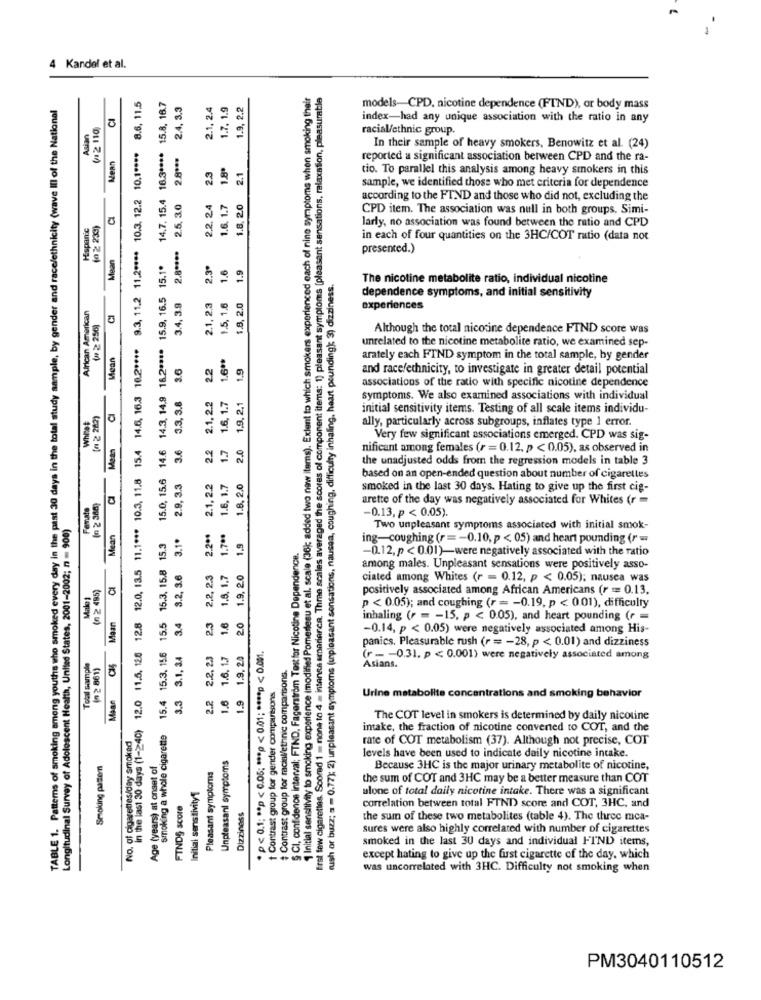
4 Kandel et al.
1 Initial sensitivity to smoking experience (modified Pomentesu et al. scale (36); added two new items). Extent to which smokers experienced each of nine symptoms when smoking their
first few cigarettes. Scored 1 = none to 4 = intensa smariarca, Thme scales averaged the scores of component items: 1) pleasant symptoms [pleasant sensations, relaxation, pleasurable
TABLE 1. Patterns of smoking among youths who smoked every day in the past 30 days in the total study sample, by gender and race/ethnicity (wave Ill of the National
8.6, 11.5
15.8, 16.7
15.4 16.3 **** 15.8. 16.7
2.4. 3.3
2.1, 2.4
1.7. 1.9
1.9, 2.2
models-CPD, nicotine dependence (FIND), or body mass
(12 110
index-had any unique association with the ratio in any
Asian
racial/ethnic group.
9.3, 11.2 11,2 **** 10.3. 12.2 10.1 ****
2.8 ***
In their sample of heavy smokers, Benowitz et al. (24)
2.3
1.8º
reported a significant association between CPD and the ra-
2.1
tio. To parallel this analysis among heavy smokers in this
14.7. 15.4
sample, we identified those who met criteria for dependence
2.5. 30
2.2. 24
1.6. 1.7
1.8. 20
according to the FTND and those who did not, excluding the
CPD item. The association was null in both groups. Simi-
Hispanic
(0 2 233)
larly, no association was found between the ratio and CPD
2.8 ****
in each of four quantities on the 3HC/COT ratio (data not
Mean
presented.)
14.6 14.3. 14.9 16.2 **** 15.9. 16.5 15.1.
2.3º
1.6
1.9
rush or buzz; = = 0.77); 2) unpleasant symptoms (unpleasant sensations, nausea, coughing, difficulty inhaling, heart peunding): 3) dizziness.
The nicotine metabolite ratio, individual nicotine
3.4, 3.9
dependence symptoms, and initial sensitivity
2.1, 2,3
1.5, 1.6
1.8, 2.0
African American
experiences
( 2 256
Although the total nicotine dependence FIND score was
15.4 14.6. 16.3 16.2 ****
unrelated to the nicotine metabolite ratio, we examined sep-
Mean
1.6 **
3.6
22
1.9
arately each FIND symptom in the total sample, by gender
and race/ethnicity, to investigate in greater detail potential
associations of the ratio with specific nicotine dependence
3.3. 3.8
2.1. 2.2
1.6, 1.7
1,9.2.1
symptoms. We also examined associations with individual
[n 2 262)
initial sensitivity items. Testing of all scale items individu-
Whitet
ally, particularly across subgroups, inflates type 1 error.
14.6
3.6
1.7
2.0
Very few significant associations emerged. CPD was sig-
2.2
nificant among females (r = 0.12. p < 0.05), as observed in
the unadjusted odds from the regression models in table 3
12.0 11.5, 120 12.8 12.0, 13.5 11.1 *** 10.3, 11.8
15.0, 15.6
2.9, 3.3
2.1, 2.2
1.6, 1.7
1.8. 2.0
based on an open-ended question about number of cigarettes
smoked in the last 30 days. Hating to give up the first cig-
Fenate
arette of the day was negatively associated for Whites (r
-0.13, p < 0.05).
Longitudinal Survey of Adolescent Health, United States, 2001-2002; n = 900)
Mean
2.2 **
1.7 **
Two unpleasant symptoms associated with initial smok-
15.3. 15.8 15.3
3.1º
1.9
ing-coughing (r =- 0.10, p < 05) and heart pounding (r =
confidence interval; FTND, Fagerström Testfor Nicotine Dependence.
-0.12, p < 0.01)-were negatively associated with the ratio
3.2, 3.6
2.2, 2.3
1.8. 1,7
1.9. 20
among males. Unpleasant sensations were positively asso-
ciated among Whites (r = 0.12, p < 0.05); nausea was
Malo 1
(n 2 495)
positively associated among African Americans (r == 0.13,
p < 0.05); and coughing (r = - 0.19, p < 0.01), difficulty
Maan
15.5
3.4
2.3
1.6
20
inhaling (> = - 15, p < 0.05), and heart pounding (r =
-0.14, p < 0.05) were negatively associated among His-
panics. Pleasurable rush (r = - 28, p < 0.01) and dizziness
15.4 15.3. 15.6
3.1, 34
2.2. 23
1.6. 17
1.9 1.9. 20
*p< 0.1; ** p < 0,05: *** p < 0.01; **** p < 0.001.
Toal sample
(" 2 861)
# Contrast group for racial/ethnic comparisons.
(r -- - 0.31. p < 0.001) were negatively associated among
Asians.
3.3
2.2
Contrast group for gender comparisons
Maan
1.6
Urine metabolite concentrations and smoking behavior
in the last 30 days (1-240)
The COT level in smokers is determined by daily nicotine
smoking a whole cigarette
intake, the fraction of nicotine converted to COT, and the
No. of cigarettes/day smoked
rate of COT metabolism (37). Although not precise, COT
Unpleasant symptoms
Smoking pattern
Age (years) at onset of
levels have been used to indicate daily nicotine intake.
Pleasant symptoms
Because 3HC is the major urinary metabolite of nicotine,
the sum of COT and 3HC may be a better measure than COT
Initial sensitivity1
ulone of total daily nicotine intake. There was a significant
FINDS score
correlation between total FTND score and COT, 3HC, and
Dizziness
the sum of these two metabolites (table 4). The three mca-
sures were also highly correlated with number of cigarettes
smoked in the last 30 days and individual FIND items,
except hating to give up the fust cigarette of the day, which
was uncorrelated with 3HC. Difficulty not smoking when
PM3040110512